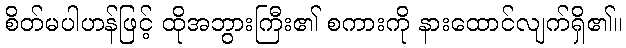
စိတ်မပါဟန်ဖြင့် ထိုအဘွားကြီး၏ စကားကို နားထောင်လျက်ရှိ၏။